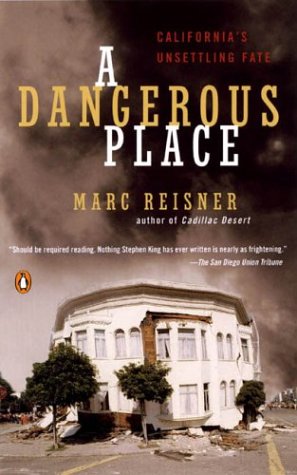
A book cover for A Dangerous Place: California's Unsettling Fate; Marc Reisner; Science & Math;